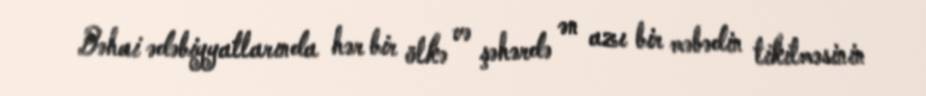
Bəhai ədəbiyyatlarında hər bir ölkə və şəhərdə ən azı bir məbədin tikilməsinin